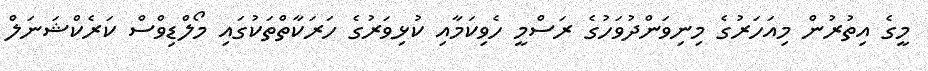
މީގެ އިތުރުން މިއަހަރުގެ މިނިވަންދުވަހުގެ ރަސްމީ ހެވިކަމާއި ކުޅިވަރުގެ ހަރަކާތްތަކުގައި މޯލްޑިވްސް ކަރެކްޝަނަލް